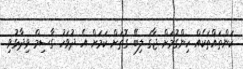
ކަންތައްތަކެއް ހިންގުމަށް ޖާގަ ލިބޭ ގޮތަށް ކަމަށް އެ ދުވަހު ގާސިމް ވިދާޅުވި